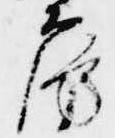
房